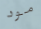
مود